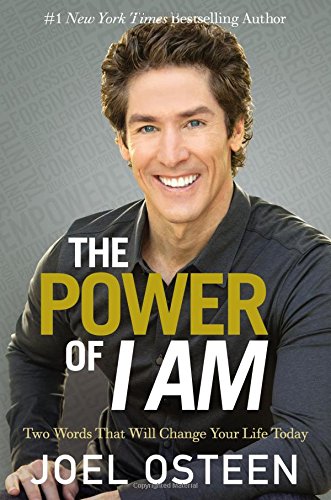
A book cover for The Power of I Am: Two Words That Will Change Your Life Today; Joel Osteen; Christian Books & Bibles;